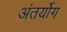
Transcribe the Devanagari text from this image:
अंतर्योग